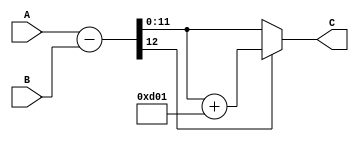

module modsub(input [11:0] A,B,
              output[11:0] C);

wire signed [12:0] R;
wire signed [12:0] Rq;

assign R = A - B;
assign Rq= R + 13'd3329;

assign C = (R[12] == 0) ? R[11:0] : Rq[11:0];

endmodule